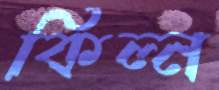
কিল্ন